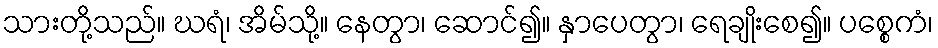
သားတို့သည်။ ဃရံ၊ အိမ်သို့။ နေတွာ၊ ဆောင်၍။ နှာပေတွာ၊ ရေချိုးစေ၍။ ပစ္စေကံ၊